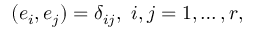
( e _ { i } , e _ { j } ) = \delta _ { i j } , \ i , j = 1 , \ldots , r ,